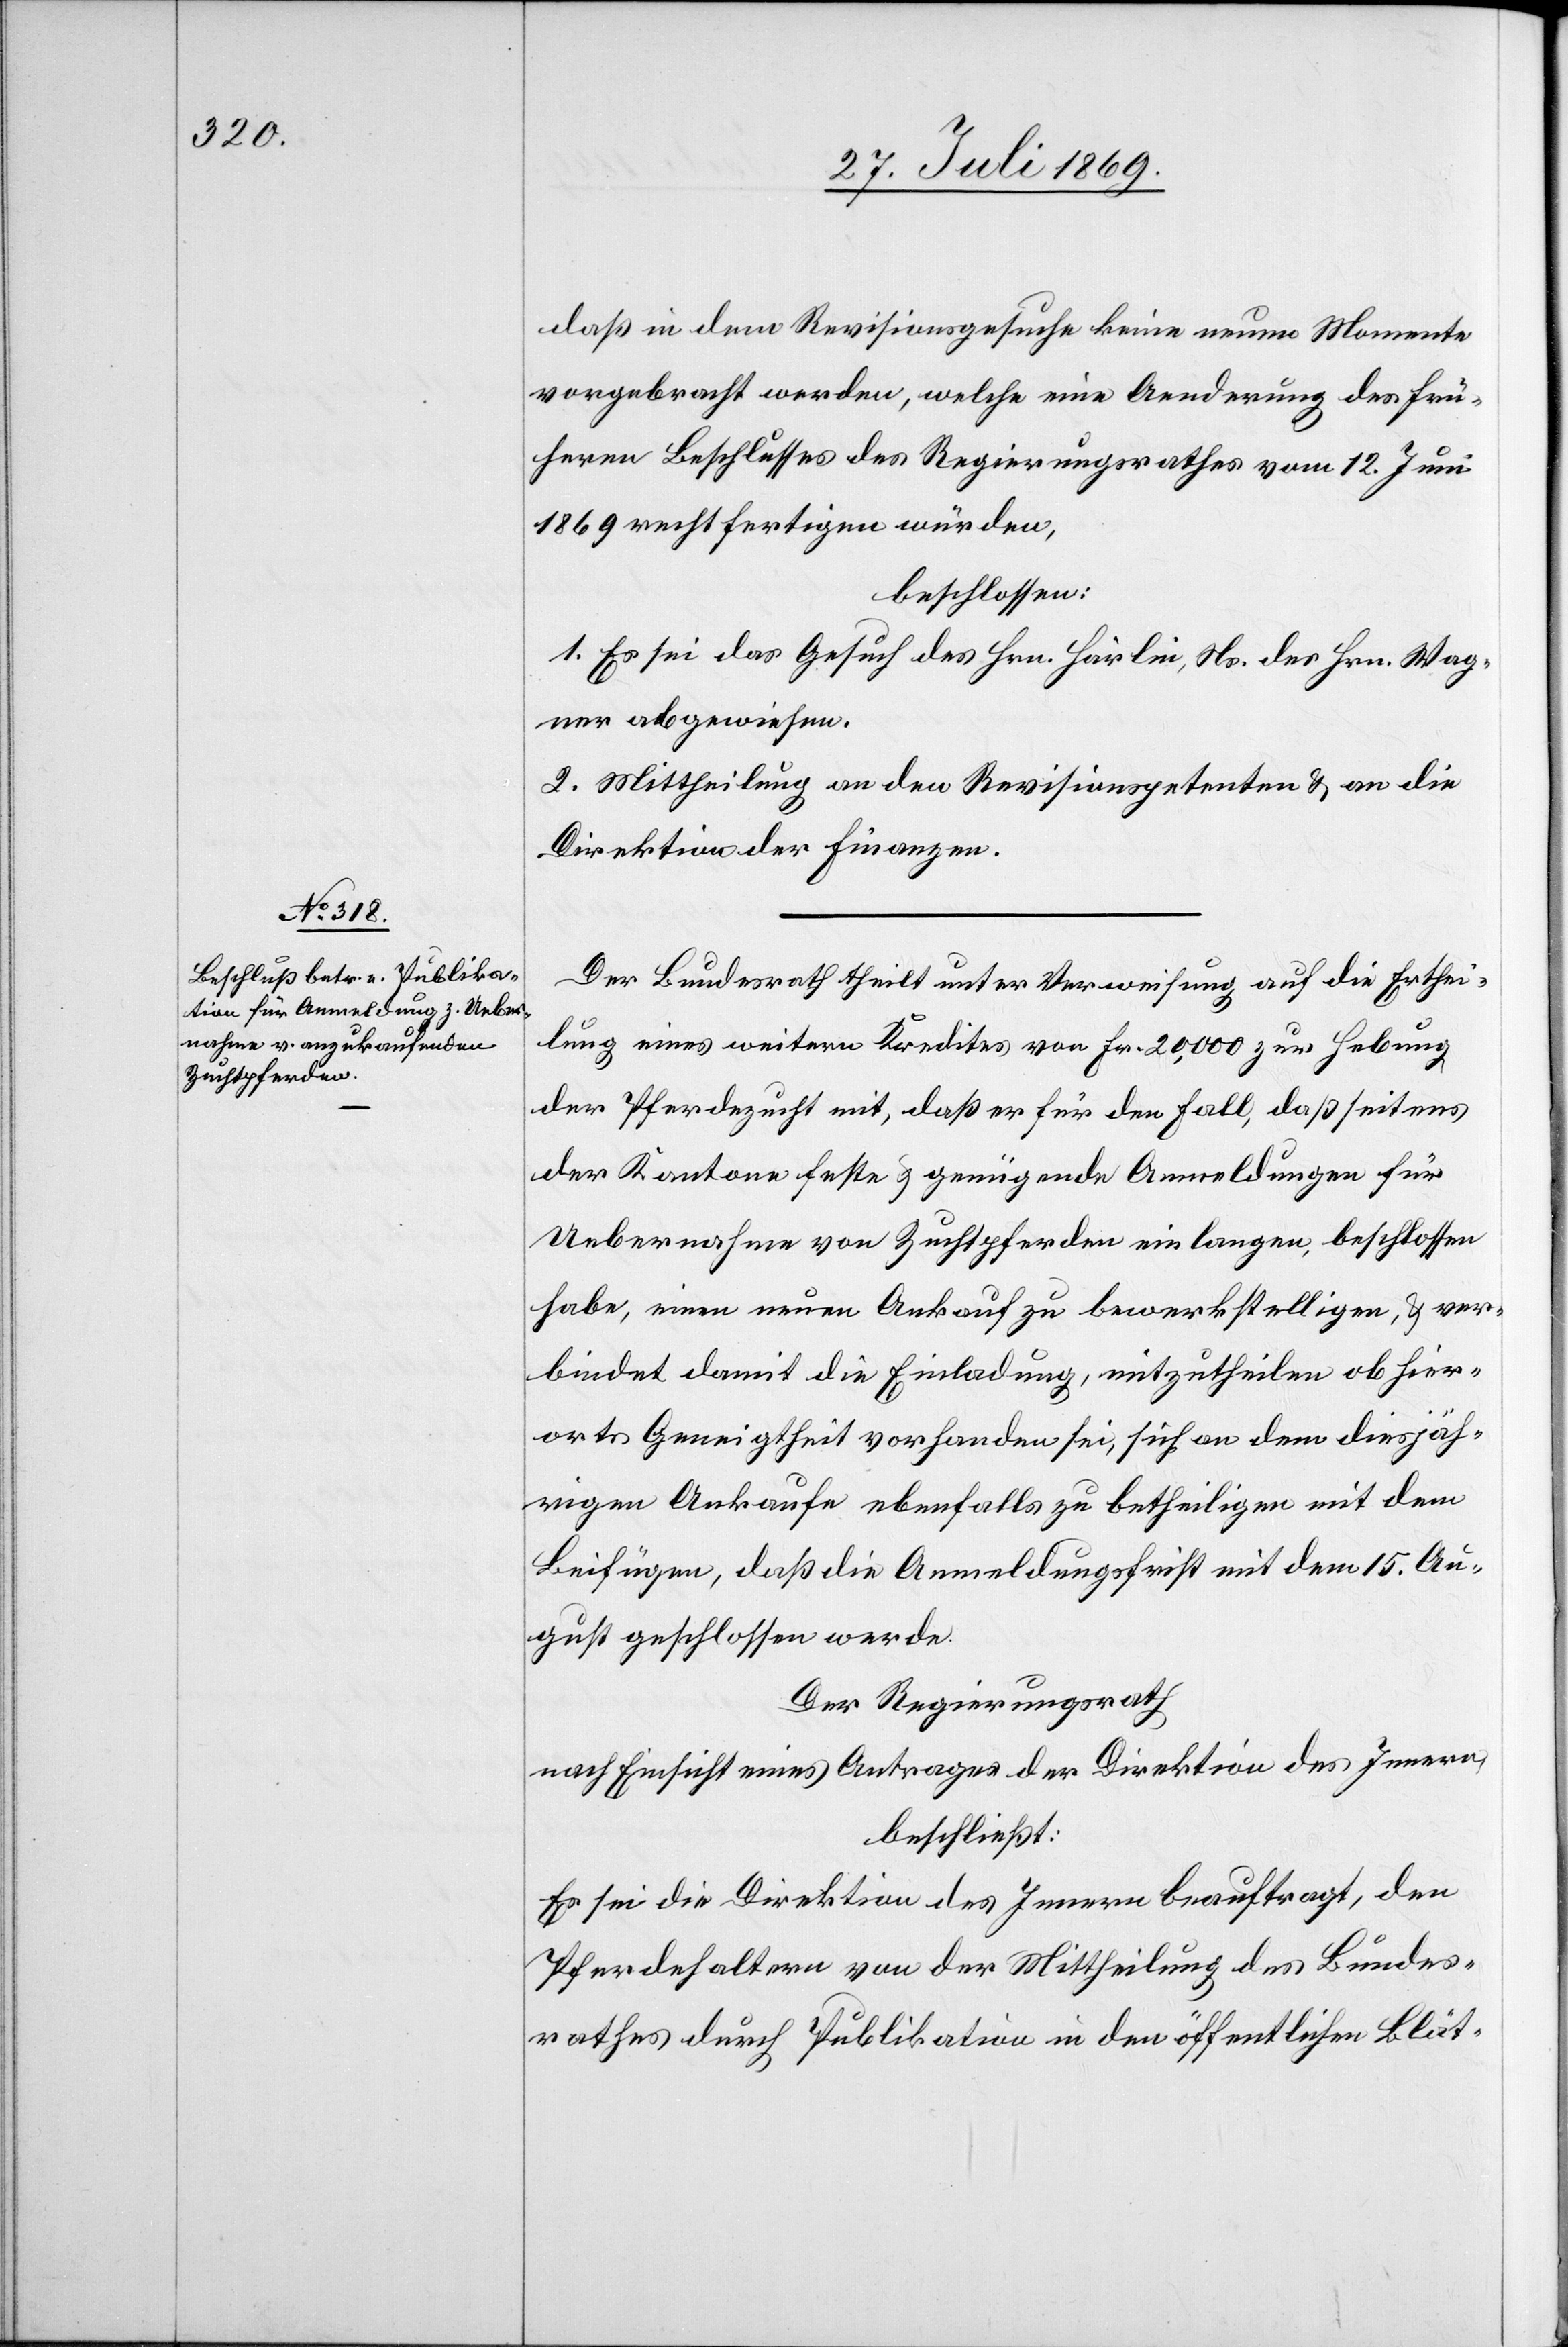
daß in dem Revisionsgesuche keine neuen Momente
vorgebracht werden, welche eine Aenderung des frü¬
hern Beschlusses des Regierungsrathes vom 12 Juni
1869 rechtfertigen würden,
beschlossen:
1. Es sei das Gesuch des Hrn. Härlin, Ns. des Hrn. Wag¬
ner abgewiesen.
2. Mittheilung an den Revisionspetenten u. an die
Direktion der Finanzen.
Der Bundesrath theilt unter Verweisung auf die Erthei¬
lung eines weitern Kredites von Fr. 20,000 zur Hebung
der Pferdezucht mit, daß er für den Fall, daß seitens
der Kantone feste u. genügende Anmeldungen für
Uebernahme von Zuchtpferden einlangen [sic!], beschlossen
habe, einen neuen Ankauf zu bewerkstelligen, u. ver¬
bindet damit die Einladung, mitzutheilen ob hier¬
orts Geneigtheit vorhanden sei, sich an dem diesjäh¬
rigen Ankaufe ebenfalls zu betheiligen mit dem
Beifügen, daß die Anmeldungsfrist mit dem 15 Au¬
gust geschlossen werde.
Der Regierungsrath
nach Einsicht eines Antrages der Direktion des Innern,
beschließt:
Es sei die Direktion des Innern beauftragt, den
Pferdehaltern von der Mittheilung des Bundes¬
rathes durch Publikation in den öffentlichen Blät-